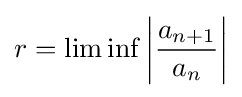
r=\lim \inf \left|{\frac {a_{n+1}}{a_{n}}}\right|